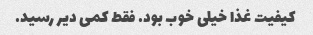
کیفیت غذا خیلی خوب بود. فقط کمی دیر رسید.